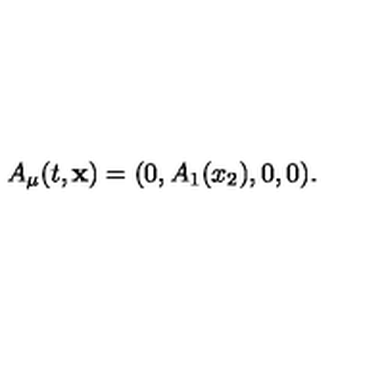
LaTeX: A _ { \mu } ( t , { \bf x } ) = ( 0 , A _ { 1 } ( x _ { 2 } ) , 0 , 0 ) .